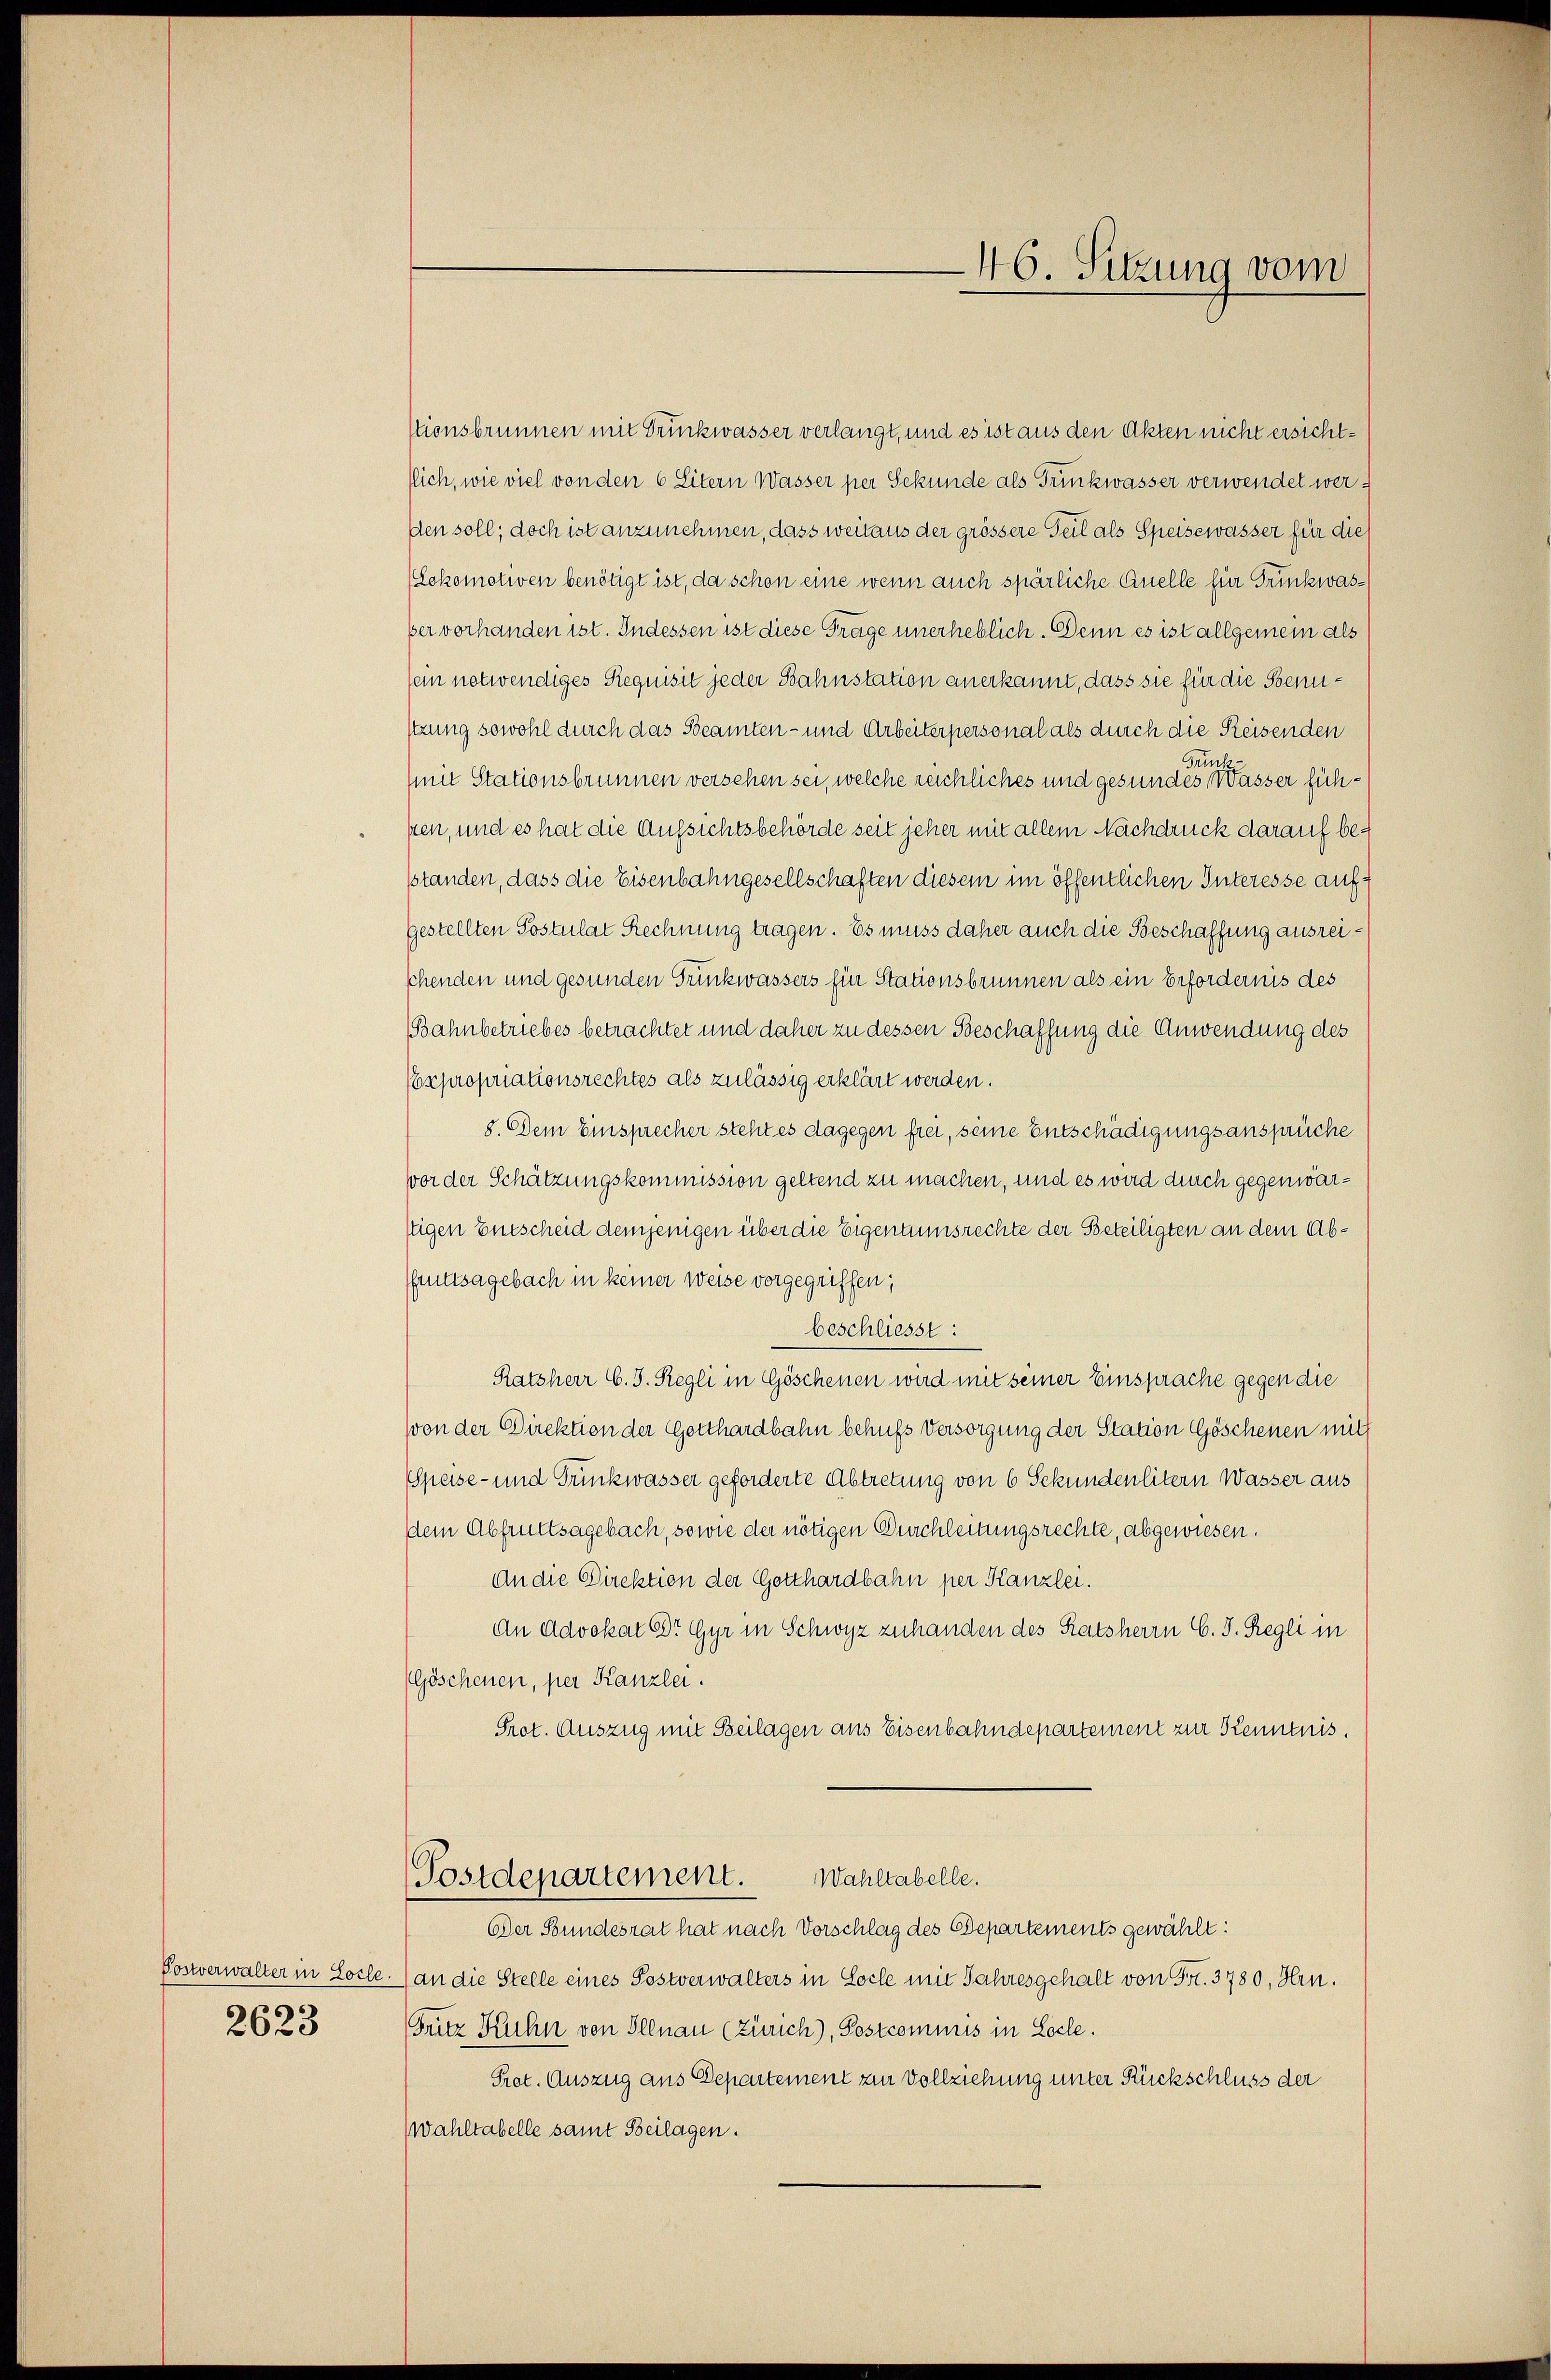
2623

stionsbrunnen mit Druckwasser verlangt, und es ist aus den Akten nicht ersichtflich, wie viel von den 6 Litern Wasser per Sekunde als Trinkwasser verwendet werden soll; doch ist anzunehmen, dass weit aus der grössere Teil als Speisewasser für die
(Lokomotiven benötigt ist, da schon eine wenn auch spärliche Quelle für Trinkwasber vorhanden ist. Indessen ist diese Frage unerheblich. Denn es ist allgemein als
sein notwendiges Requisit jeder Bahnstation anerkannt, dass sie für die Benustzung sowohl durch das Beamten- und Arbeiterpersonal als durch die Reisenden
Grück
(mit Stationsbrunnen versehen sei, welche reichliches und gesundes Wasser fühpten, und es hat die Aufsichtsbehörde seit jeher mit allem Nachdruck darauf besstanden, dass die Eisenbahngesellschaften diesem im öffentlichen Interesse auf
gestellten Postulat Rechnung tragen. Es muss daher auch die Beschaffung ausreichenden und gesunden Truckwassers für Stationsbrunnen als ein Erfordernis des
Bahnbetriebes betrachtet und daher zu dessen Beschaffung die Anwendung des
Expropriationsrechtes als zulässig erklärt werden.
8. Dem Einsprecher steht es dagegen frei, seine Entschädigungsansprüche
vor der Schätzungskommission geltend zu machen, und es wird durch gegenwärstigen Entscheid demjenigen über die Eigentumsrechte der Beteiligten an dem Abfruttsagebach in keiner weise vorgegriffen;
beschliesst:
Ratsherr C. J. Regli in Göschenen wird mit seiner Einsprache gegen die
von der Direktion der Gotthardbahn behufs Versorgung der Station Göschenen mit
Speise- und Trunkwasser geforderte Abtretung von 6 Sekundenlitern Wasser aus
dem Abfruttsagebach, sowie der nötigen Durchleitungsrechte, abgewiesen.
An die Direktion der Gotthardbahn per Kanzlei.
An Advokat Cr Gyr in Schwyz zuhanden des Ratsherrn C. J. Regli in
(Göschenen, per Kanzlei.
Prot. Auszug mit Beilagen aus Eisenbahndepartement zur Kenntnis.
(Postdepartement. Wahltabelle.
Der Bundesrat hat nach Vorschlag des Departements gewählt:
Postverwalter in Losle.) an die Stelle eines Postverwalters in Loche mit Jahresgehalt von Fr. 3780, Hrn.
Fritz Kuhn von Illnau (Zürich), Postcommis in Loche.
Prot. Auszug aus Departement zur Vollziehung unter Rückschluss der
Wahltabelle samt Beilagen.

46. Sitzung vom